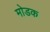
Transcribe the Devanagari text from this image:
माेडक